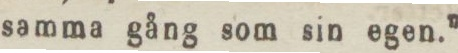
samma gång som sin egen.”